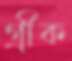
গ্রীক